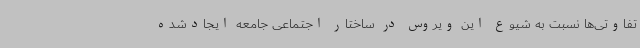
‌تفاوتی‌ها نسبت به شیوع این ویروس در ساختار اجتماعی جامعه ایجادشده